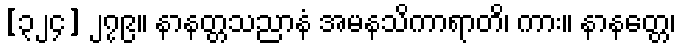
[၃၂၄] ၂၇၉။ နာနတ္တသညာနံ အမနသိကာရာတိ၊ ကား။ နာနတ္တေ၊